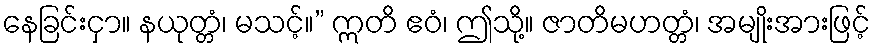
နေခြင်းငှာ။ နယုတ္တံ၊ မသင့်။” ဣတိ ဧဝံ၊ ဤသို့။ ဇာတိမဟတ္တံ၊ အမျိုးအားဖြင့်